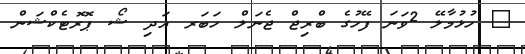
_ ހުޅުމާލޭ 2ވަނަ ފޭހުގެ ބްރިޖް ޖެނަލް ހަބަރ އަދި ޝޯ ޕޮރޮޓެކްޝަން